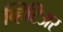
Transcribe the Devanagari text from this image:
व्हिटिअर